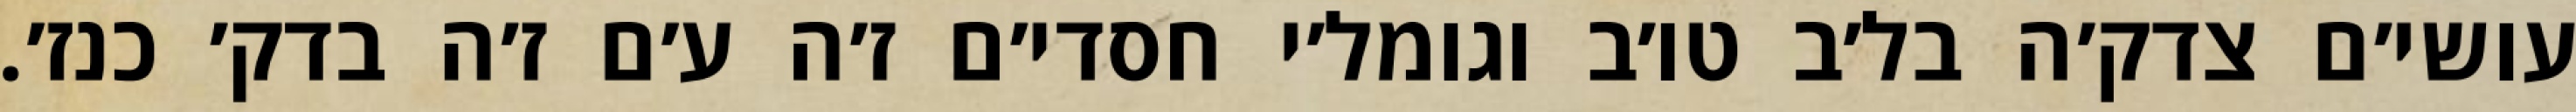
עושי׳ם צדק׳ה בל׳ב טו׳ב וגומל׳י חסדי׳ם ז׳ה ע׳ם ז׳ה בדק׳ כנז׳.